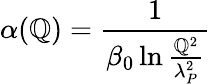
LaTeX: \alpha(\mathbb{Q})={\frac{{1}}{{\beta_{0}\ln{\frac{{\mathbb{Q}^{2}}}{{\lambda_{P}^{2}}}}}}}